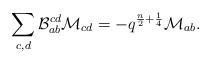
LaTeX: \begin{align*}\sum_{c,d}\mathcal{B}_{ab}^{cd}\mathcal{M}_{cd}=-q^{\frac{n}{2}+\frac{1}{4}}\mathcal{M}_{ab}.\end{align*}